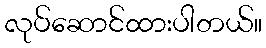
လုပ်ဆောင်ထားပါတယ်။